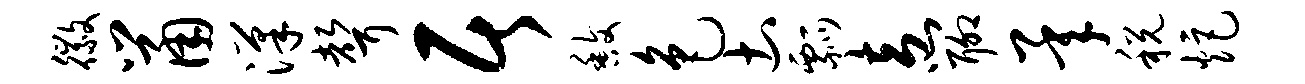
徽鼠汉声居馥色土瓢盍聊承税炬